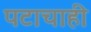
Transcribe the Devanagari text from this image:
पटाचाही